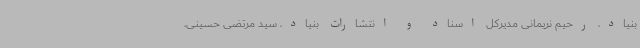
بنیاد، رحیم نریمانی مدیرکل اسناد و انتشارات بنیاد، سید مرتضی حسینی،